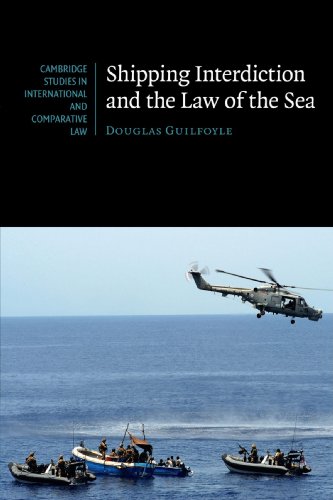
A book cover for Shipping Interdiction and the Law of the Sea (Cambridge Studies in International and Comparative Law); Douglas Guilfoyle; Law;